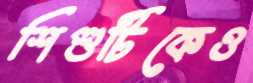
শিশুটিকেও